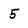
Character: 5